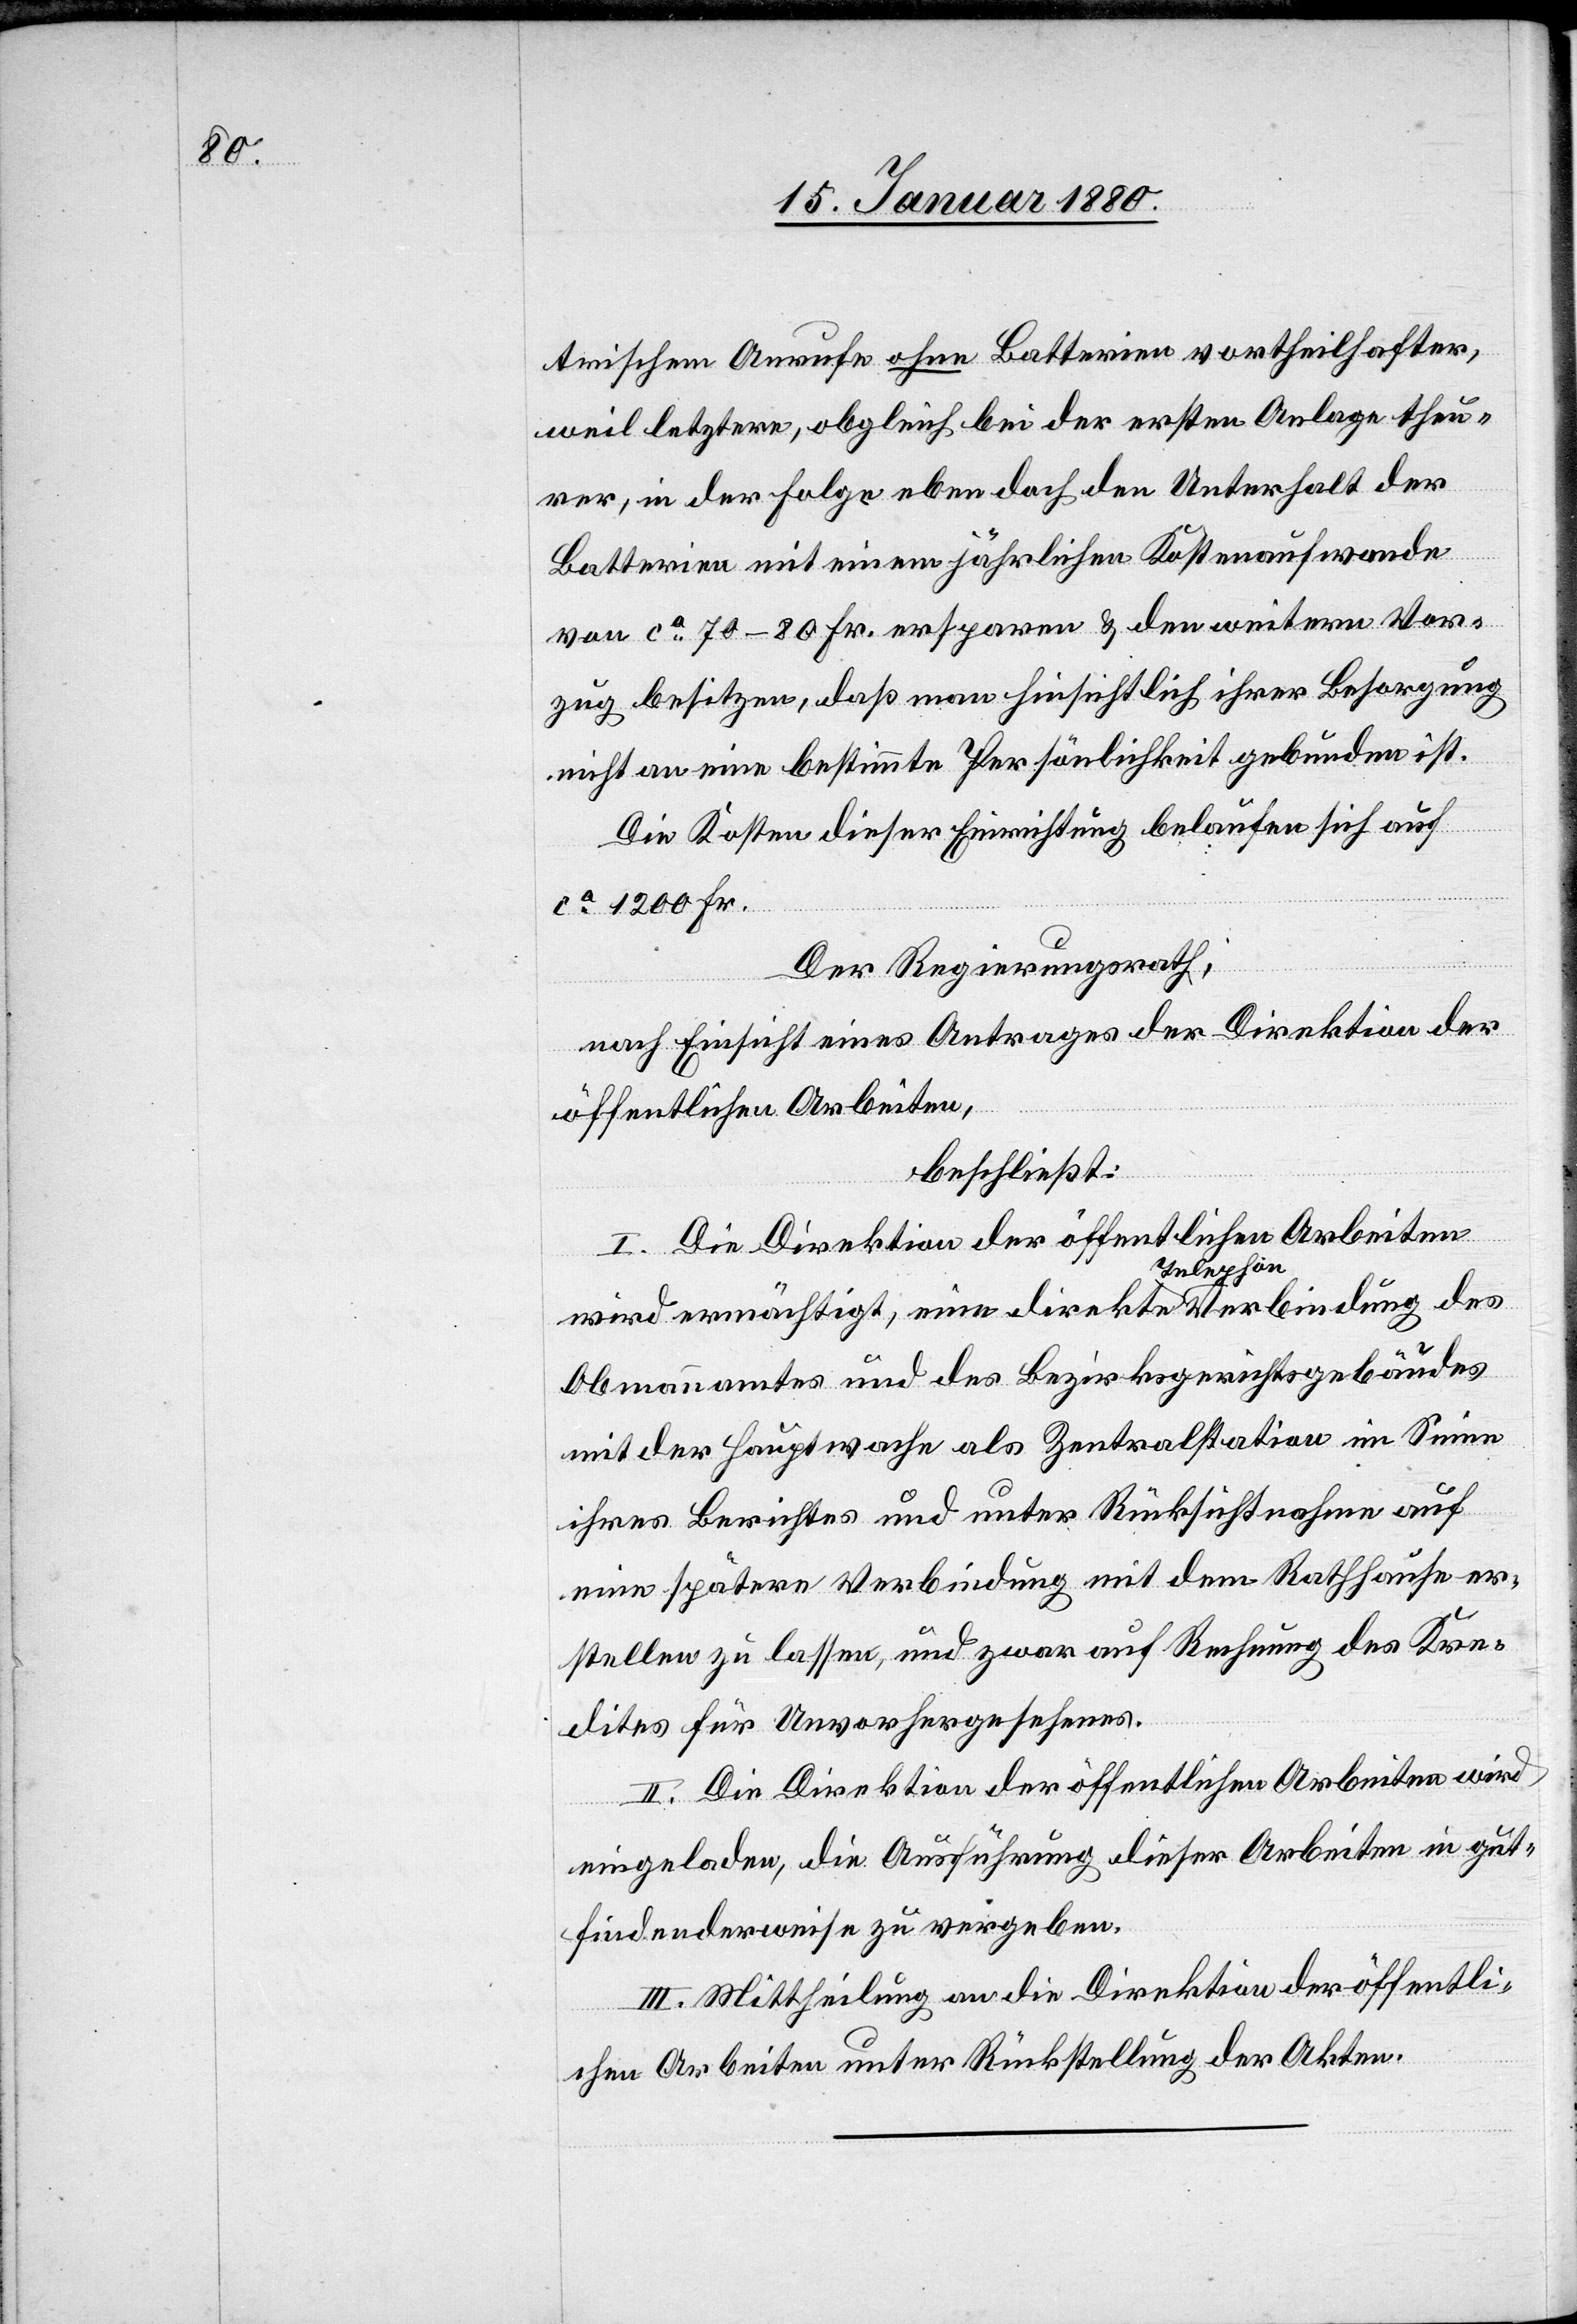
trischen Anrufe ohne Batterien vortheilhafter,
weil letztere obgleich bei der ersten Anlage theu¬
rer, in der Folge eben doch den Unterhalt der
Batterien mit einem jährlichen Kostenaufwande
von ca 70–80 Fr. ersparen & den weitern Vor¬
zug besitzen, daß man hinsichtlich ihrer Besorgung
nicht an eine bestimmte Persönlichkeit gebunden ist.
Die Kosten dieser Einrichtung belaufen sich auf
ca 1200 Fr.
Der Regierungsrath,
nach Einsicht eines Antrages der Direktion der
öffentlichen Arbeiten,
beschließt:
I. Die Direktion der öffentlichen Arbeiten
wir ermächtigt, eine direkte Telephonverbindung des
Obmannamtes und des Bezirksgerichtsgebäudes
mit der Hauptwache als Zentralisation im Sinne
ihres Berichtes und unter Rücksichtnahme auf
eine spätere Verbindung mit dem Rathhause er¬
stellen zu lassen, und zwar auf Rechnung des Kre¬
dites für Unvorhergesehenes.
II. Die Direktion der öffentlichen Arbeiten wird
eingeladen, die Ausführung dieser Arbeiten in gut¬
findenderweise zu vergeben.
III. Mittheilung an die Direktion der öffentli¬
chen Arbeiten unter Rückstellung der Akten.